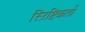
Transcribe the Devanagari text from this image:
स्ऱिष्टिकर्ता